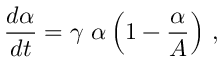
\frac { d \alpha } { d t } = \gamma \ \alpha \left( 1 - \frac { \alpha } { A } \right) \, ,